Indian journal of veterinary science and animal husbandry - Volume 7,
Year: 1937
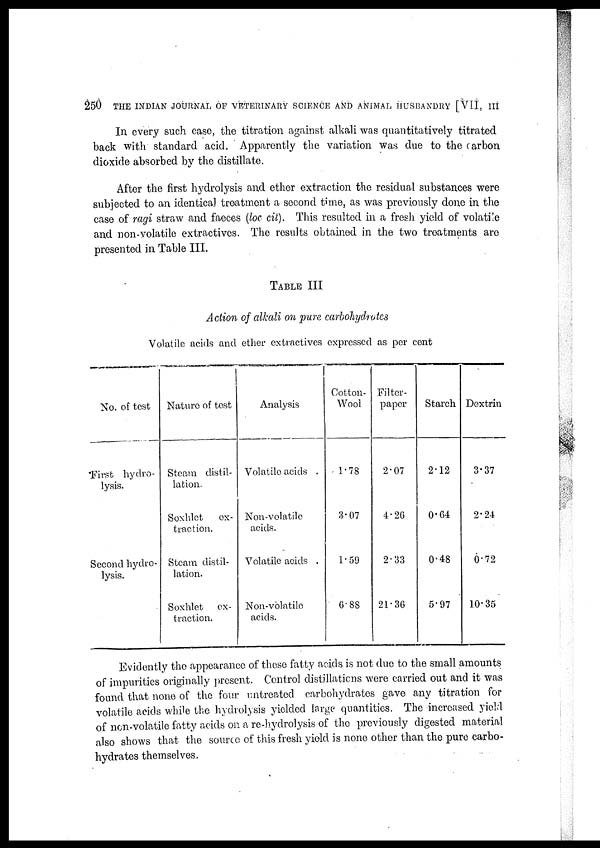
250 THE INDIAN JOURNAL OF VETERINARY SCIENCE AND ANIMAL HUSBANDRY [VII, III
In every such case, the titration against alkali was quantitatively titrated
back with standard acid. Apparently the variation was due to the carbon,
dioxide absorbed by the distillate.
After the first hydrolysis and ether extraction the residual substances were
subjected to an identical treatment a second time, as was previously done in the
case of ragi straw and faeces (loc cit). This resulted in a fresh yield of volatile
and non-volatile extractives. The results obtained in the two treatments are
presented in Table III.
TABLE III
Action of alkali on pure carbohydrates
Volatile acids and ether extractives expressed as per cent
No. of test
First hydro-
lysis.
Second hydro-
lysis.
Nature of test
Steam distil-
lation.
Soxhlet
ex-
traction.
Steam distil-
lation.
Soxhlet
ex-
traction.
Analysis
Volatile acids .
Non-volatile
acids.
Volatile acids .
Non-volatile
acids.
Cotton¬
Wool
1.78
3.07
1.59
6.88
Filter¬
paper
2.07
4.26
2.33
21.36
Starch
2.12
0.64
0.48
5.97
Dextrin
3.37
2.24
0.72
10.35
Evidently the appearance of these fatty acids is not due to the small amounts
of impurities originally present. Control distillations were carried out and it was
found that none of the four untreated carbohydrates gave any titration for
volatile acids while the hydrolysis yielded large quantities. The increased yield
of non-volatile fatty acids on a re-hydrolysis of the previously digested material
also shows that the source of this fresh yield is none other than the pure carbo-
hydrates themselves.